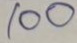
100